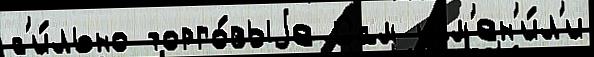
с'и́льно торго́выjе Сам изм'ен'и́л'и